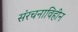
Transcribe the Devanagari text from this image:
संरचनाविहीन